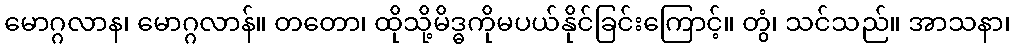
မောဂ္ဂလာန၊ မောဂ္ဂလာန်။ တတော၊ ထိုသို့မိဒ္ဓကိုမပယ်နိုင်ခြင်းကြောင့်။ တွံ၊ သင်သည်။ အာသနာ၊